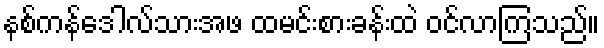
နစ်ကန်ဒေါလ်သားအဖ ထမင်းစားခန်းထဲ ဝင်လာကြသည်။